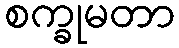
စက္ခုမတာ